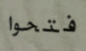
فتحوا